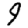
Digit: 9